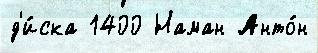
д'и́ска 1400 Наман Анто́н